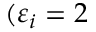
( \varepsilon _ { i } = 2